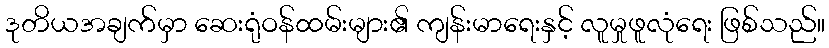
ဒုတိယအချက်မှာ ဆေးရုံဝန်ထမ်းများ၏ ကျန်းမာရေးနှင့် လူမှုဖူလုံရေး ဖြစ်သည်။